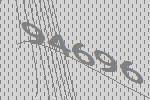
94696